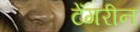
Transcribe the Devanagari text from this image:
टेंगरीन